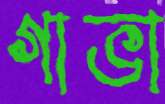
গাভা